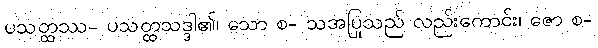
ပသတ္ထဿ- ပသတ္ထသဒ္ဒါ၏၊ သော စ- သအပြုသည် လည်းကောင်း၊ ဇော စ-